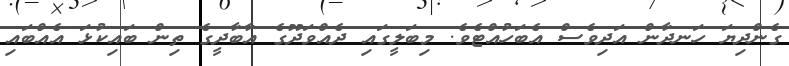
ގެންދިޔަ ހަނދާން އަދިވެސް އެބަހުއްޓެވެ. މިބަލީގައި ދެއްވަދޫގެ އާބާދީގެ ތިން ބައިކުޅަ އެއްބައި